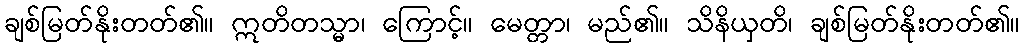
ချစ်မြတ်နိုးတတ်၏။ ဣတိတသ္မာ၊ ကြောင့်။ မေတ္တာ၊ မည်၏။ သိနိယှတိ၊ ချစ်မြတ်နိုးတတ်၏။